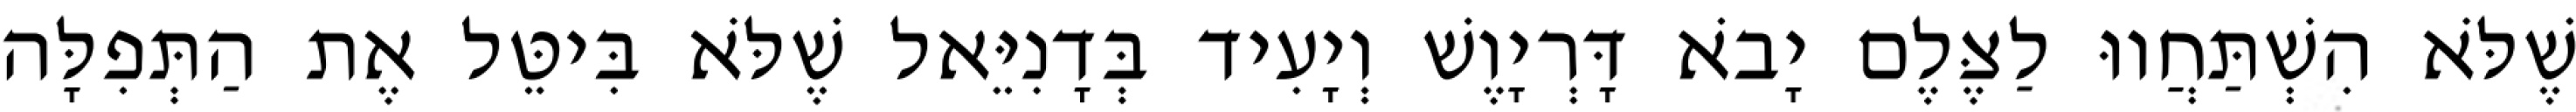
שֶׁלֹּא הִשְׁתַּחֲווּ לַצֶּלֶם יָבֹא דָּרְיָוֶשׁ וְיָעִיד בְּדָנִיֵּאל שֶׁלֹּא בִּיטֵּל אֶת הַתְּפִלָּה